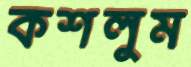
কশলুম